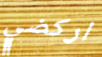
اركضي